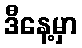
ဒီနေ့မှာ